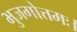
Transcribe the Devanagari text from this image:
भुजगोत्तमः।